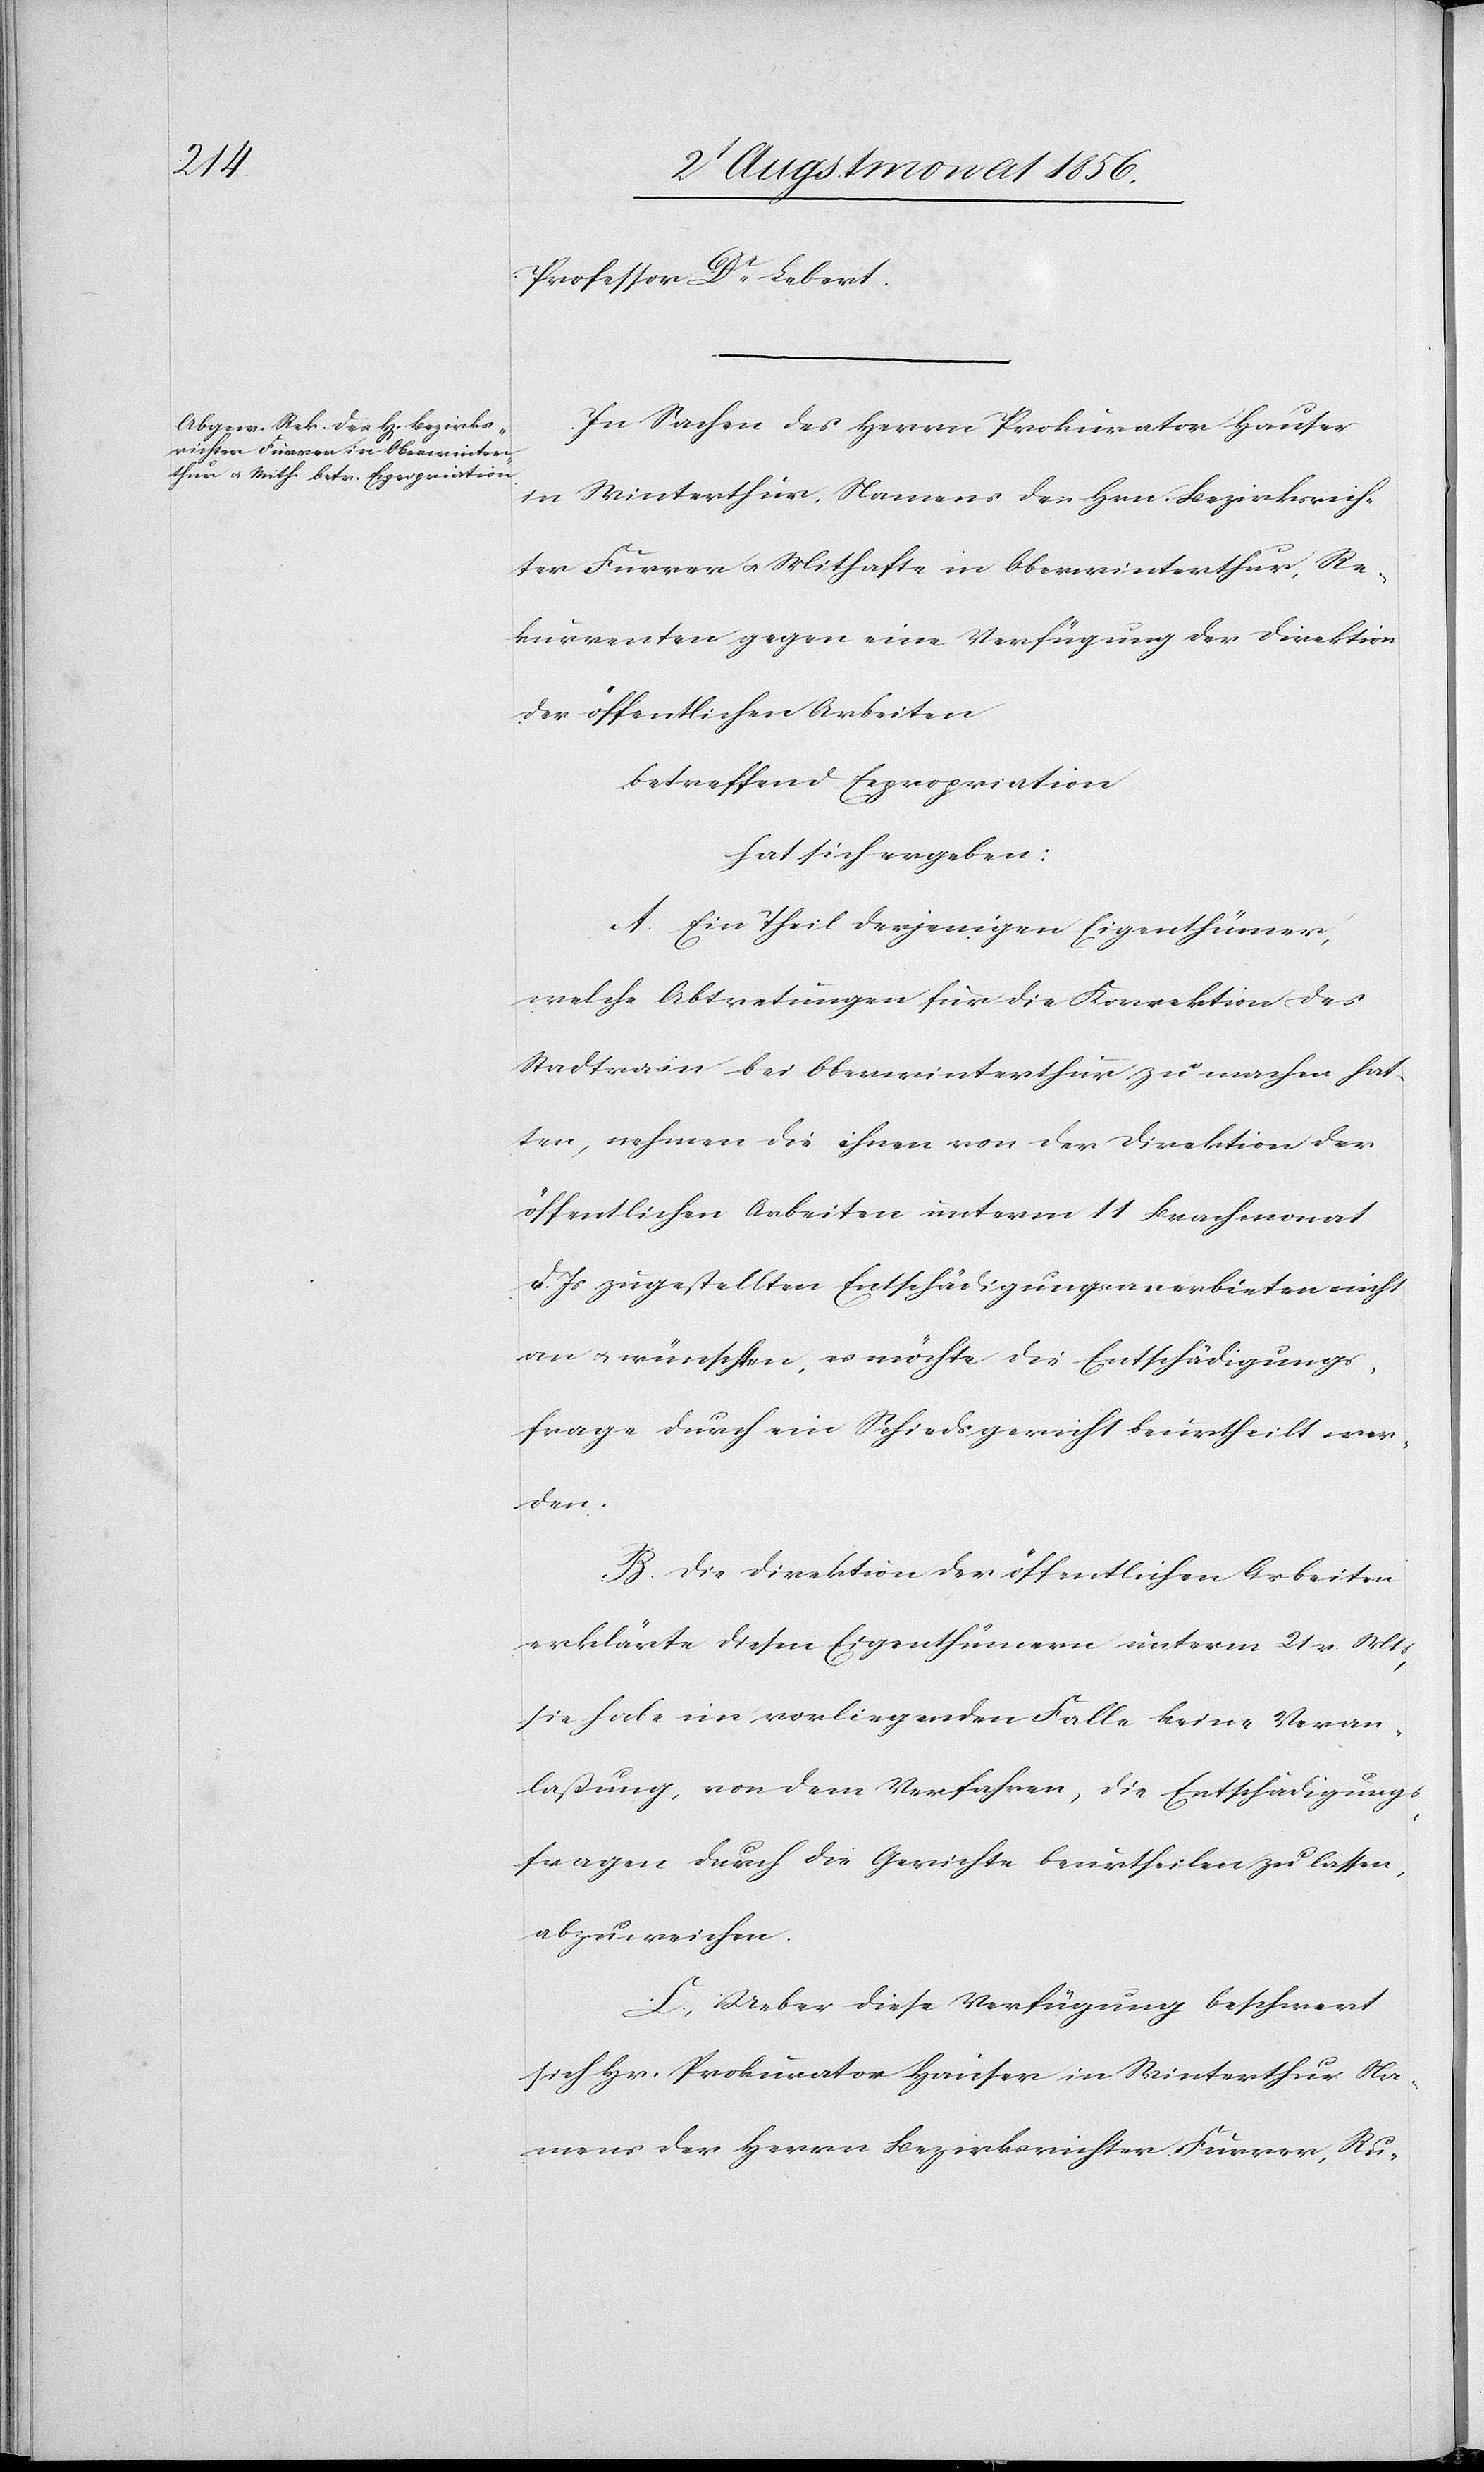
Professor Dr Lebert.
In Sachen des Herrn Prokurator Hauser
in Winterthur, Namens der Hrn. Bezirksrich¬
ter Furrer u. Mithafte in Oberwinterthur, Re¬
kurrenten gegen eine Verfügung der Direktion
der öffentlichen Arbeiten
betreffend Expropriation
hat sich ergeben:
A. Ein Theil derjenigen Eigenthümer,
welche Abtretungen für die Korrektion des
Stadtrains bei Oberwinterthur zu machen hat¬
ten, nehmen die ihnen von der Direktion der
öffentlichen Arbeiten unterm 11 Brachmonat
d. Js zugestellten Entschädigungsanerbieten nicht
an u. wünschten, es möchte die Entschädigungs¬
frage durch ein Schiedsgericht beurtheilt wer¬
den.
B. Die Direktion der öffentlichen Arbeiten
erklärte diesen Eigenthümern unterm 21 v. Mts,
sie habe im vorliegenden Falle keine Veran¬
laßung, von dem Verfahren, die Entschädigungs¬
fragen durch die Gerichte beurtheilen zu lassen,
abzuweichen.
C. Ueber diese Verfügung beschwert
sich Hr. Prokurator Hauser in Winterthur Na¬
mens der Herr[e]n Bezirksrichter Furrer, Ru-